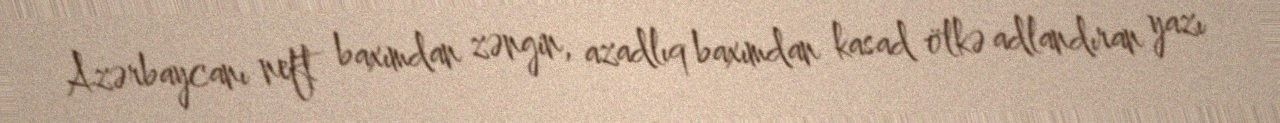
Azərbaycanı neft baxımdan zəngin, azadlıq baxımdan kasad ölkə adlandıran yazı